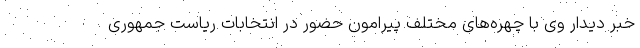
خبر دیدار وی با چهره‌های مختلف پیرامون حضور در انتخابات ریاست جمهوری